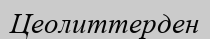
Цеолиттерден